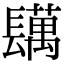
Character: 𨲴